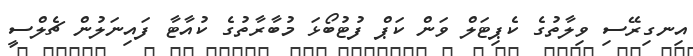
އިނގިރޭސި ވިލާތުގެ ކެޕިޓަލް ވަން ކަޕް ފުޓުބޯޅަ މުބާރާތުގެ ކުއާޓާ ފައިނަލުން ޗެލްސީ